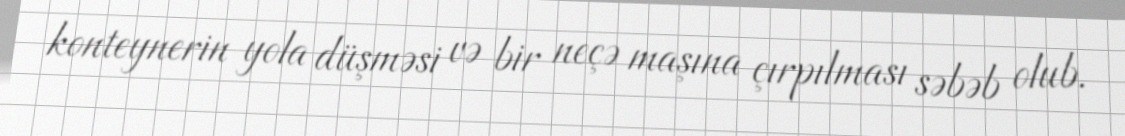
konteynerin yola düşməsi və bir neçə maşına çırpılması səbəb olub.